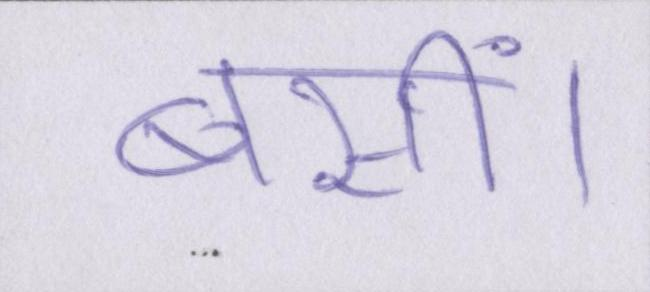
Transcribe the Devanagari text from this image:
बसीं।